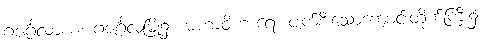
ဂဇင်္ဂလာယံ၊ ဂဇင်္ဂလမြို့၌။ မဟာဝိဟာရေ၊ ပျက်စီးသောကျောင်းတိုက်ကြီး၌။